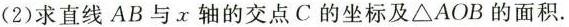
(2)求直线AB与x轴的交点C的坐标及\triangle AOB的面积.